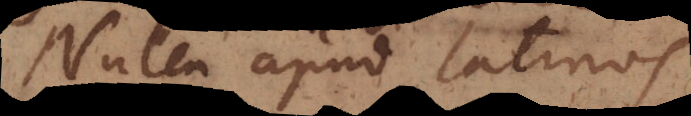
Nulla apud Latinos